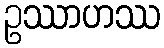
ဥဿာဟဿ